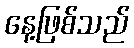
နေ့ဖြစ်သည်